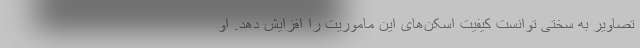
تصاویر به سختی توانست کیفیت اسکن‌های این ماموریت را افزایش دهد. او